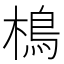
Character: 樢